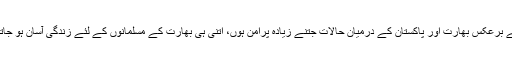
اس کے برعکس بھارت اور پاکستان کے درمیان حالات جتنے زیادہ پُرامن ہوں، اتنی ہی بھارت کے مسلمانوں کے لئے زندگی آسان ہو جاتی ہے۔